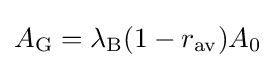
A_{\mathrm {G} }=\lambda _{\mathrm {B} }(1-r_{\mathrm {av} })A_{0}